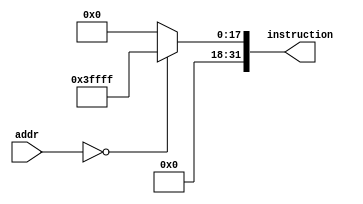
//Read-only instruction memory that takes address and output cooresponding instruction.
module instructionMemory(addr, instruction);
	parameter dataWidth = 32;
	parameter addrSize = 32;
	
	input [addrSize-1:0] addr;
	output [dataWidth-1:0] instruction;
	
	reg [dataWidth-1:0] instruction;
	
	always@(addr) begin
		case (addr)
			0: instruction=32'b00000000000000111111111111111111;
			default: instruction=32'b0;
		endcase
	end
endmodule